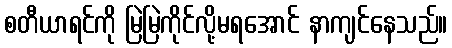
စတီယာရင်ကို မြဲမြဲကိုင်လို့မရအောင် နာကျင်နေသည်။